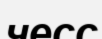
чесс